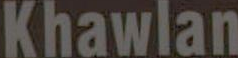
Khawlan